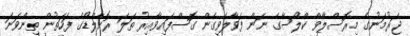
ޖަރުމަނުގެ މިރޮސްލާވް ކްލޯސާގެ ނަން ފަވާލެވިގެން ގޮސްފައިވާއިރު ތަލަ ރޮނާލްޑޯގެ ފަހަތުން ތިންވަނަ